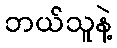
ဘယ်သူနဲ့